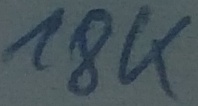
Text: 18K